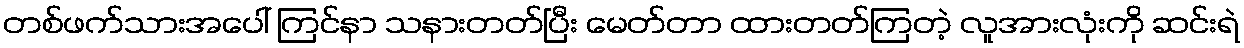
တစ်ဖက်သားအပေါ် ကြင်နာ သနားတတ်ပြီး မေတ်တာ ထားတတ်ကြတဲ့ လူအားလုံးကို ဆင်းရဲ